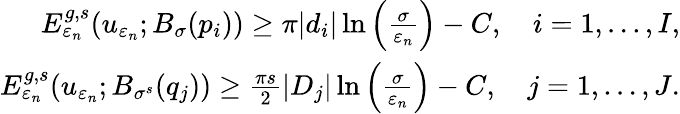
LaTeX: \begin{array}{r}{E_{\varepsilon_{n}}^{g,s}(u_{\varepsilon_{n}};B_{\sigma}(p_{i}))\geq\pi|d_{i}|\ln\left(\frac{\sigma}{\varepsilon_{n}}\right)-C,\quad i=1,\ldots,I,}\\ {E_{\varepsilon_{n}}^{g,s}(u_{\varepsilon_{n}};B_{\sigma^{s}}(q_{j}))\geq\frac{\pi s}{2}|D_{j}|\ln\left(\frac{\sigma}{\varepsilon_{n}}\right)-C,\quad j=1,\ldots,J.}\end{array}